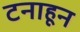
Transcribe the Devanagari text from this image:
टनाहून